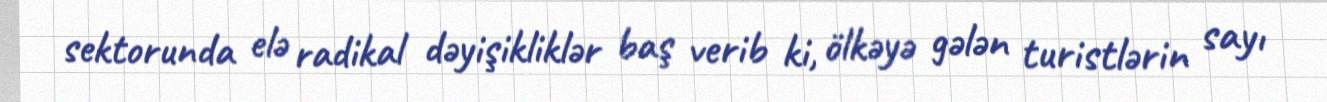
sektorunda elə radikal dəyişikliklər baş verib ki, ölkəyə gələn turistlərin sayı